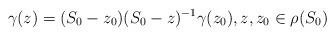
LaTeX: \begin{align*} \gamma(z)=(S_0-z_0)(S_0-z)^{-1}\gamma(z_0),z,z_0\in\rho(S_0)\end{align*}